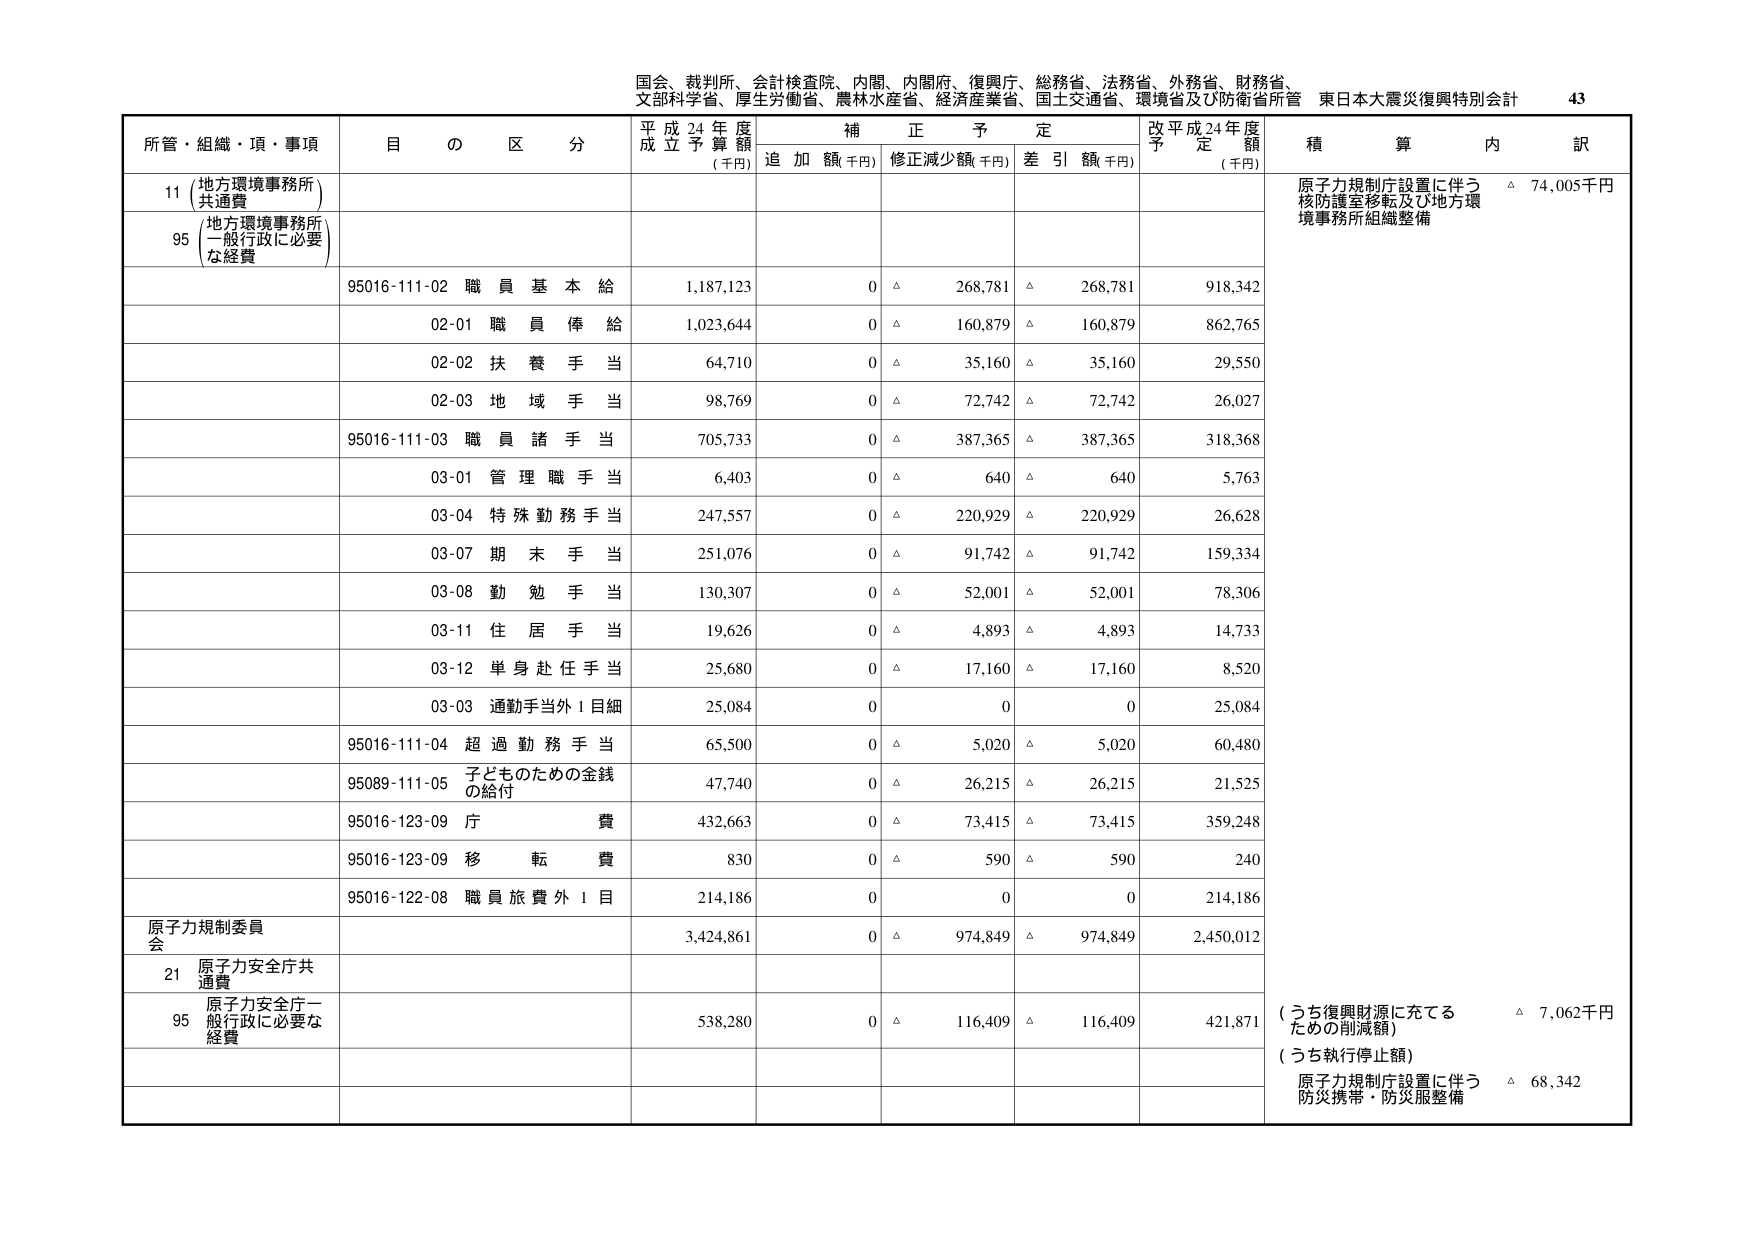
国会、裁判所、会計検査院、内閣、内閣府、復興庁、総務省、法務省、外務省、財務省、
文部科学省、厚生労働省、農林水産省、経済産業省、国土交通省、環境省及び防衛省所管 東日本大震災復興特別会計 43

所管・組織・項・事項 目 の 区 分 平成24年度 成立予算額 (千円) 補正予定 追加額(千円) 修正減少額(千円) 差引額(千円) 改平成24年度 予定額 (千円) 積算内訳

11 (地方環境事務所) 共通費
95 (地方環境事務所 一般行政に必要な経費)

95016-111-02 職員基本給 1,187,123 0 △ 268,781 △ 268,781 918,342 原子力規制庁設置に伴う核防護室移転及び地方環境事務所組織整備 △ 74,005千円

02-01 職員俸給 1,023,644 0 △ 160,879 △ 160,879 862,765

02-02 扶養手当 64,710 0 △ 35,160 △ 35,160 29,550

02-03 地域手当 98,769 0 △ 72,742 △ 72,742 26,027

95016-111-03 職員諸手当 705,733 0 △ 387,365 △ 387,365 318,368

03-01 管理職手当 6,403 0 △ 640 △ 640 5,763

03-04 特殊勤務手当 247,557 0 △ 220,929 △ 220,929 26,628

03-07 期末手当 251,076 0 △ 91,742 △ 91,742 159,334

03-08 勤勉手当 130,307 0 △ 52,001 △ 52,001 78,306

03-11 住居手当 19,626 0 △ 4,893 △ 4,893 14,733

03-12 単身赴任手当 25,680 0 △ 17,160 △ 17,160 8,520

03-03 通勤手当外1目細 25,084 0 0 0 25,084

95016-111-04 超過勤務手当 65,500 0 △ 5,020 △ 5,020 60,480

95089-111-05 子どものための金銭の給付 47,740 0 △ 26,215 △ 26,215 21,525

95016-123-09 庁費 432,663 0 △ 73,415 △ 73,415 359,248

95016-123-09 移転費 830 0 △ 590 △ 590 240

95016-122-08 職員旅費外1目 214,186 0 0 0 214,186

原子力規制委員会 3,424,861 0 △ 974,849 △ 974,849 2,450,012

21 原子力安全庁共通費

95 原子力安全庁一般行政に必要な経費 538,280 0 △ 116,409 △ 116,409 421,871 (うち復興財源に充てるための削減額) △ 7,062千円 (うち執行停止額) 原子力規制庁設置に伴う防災携帯・防災服整備 △ 68,342